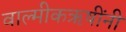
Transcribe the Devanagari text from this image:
वाल्मीकऋषींनी